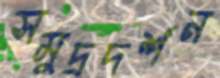
সমুদ্রদর্শন